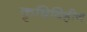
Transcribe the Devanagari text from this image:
कृषिविहीन